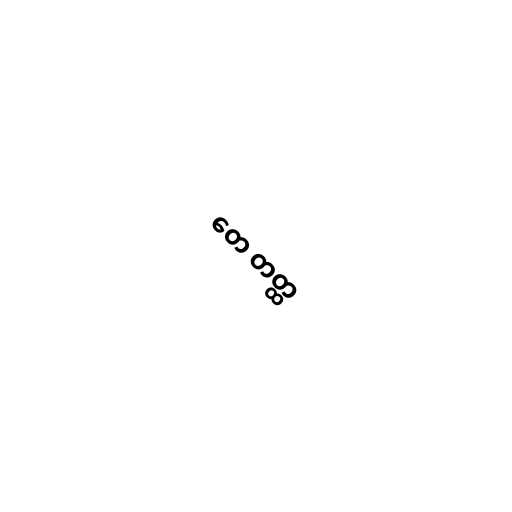
တေ တတ္ထ